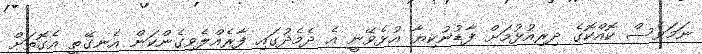
ނަމަވެސް ކޮއްކޮގެ ދިރިއުޅުމަށް ފާޑުނުކިޔާ އުޅެވޭނީ އެ ދެމެދުގައި ފާރެއްލެވިގެންކަން އެނގޭތީ އެގޮތަށް